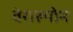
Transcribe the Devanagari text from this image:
वेरारुपोम